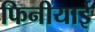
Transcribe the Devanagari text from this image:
फिनीयाई